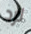
لرد